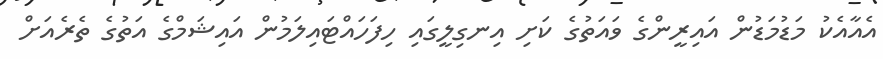
އެއާއެކު މަޑުމަޑުން އައިރީންގެ ވައަތުގެ ކަށި އިނގިލީގައި ހިފަހައްޓައިލަމުން އައިޝަމްގެ އަތުގެ ތެރެއަށް